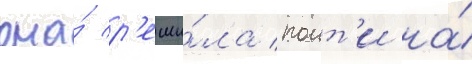
она́ р'еши́ла поит'и на́